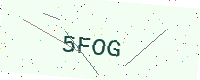
Text: 5FOG